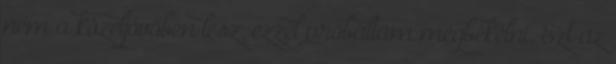
nem a közeljövőben lesz, ezzel próbáltam megbékélni. Ezt az